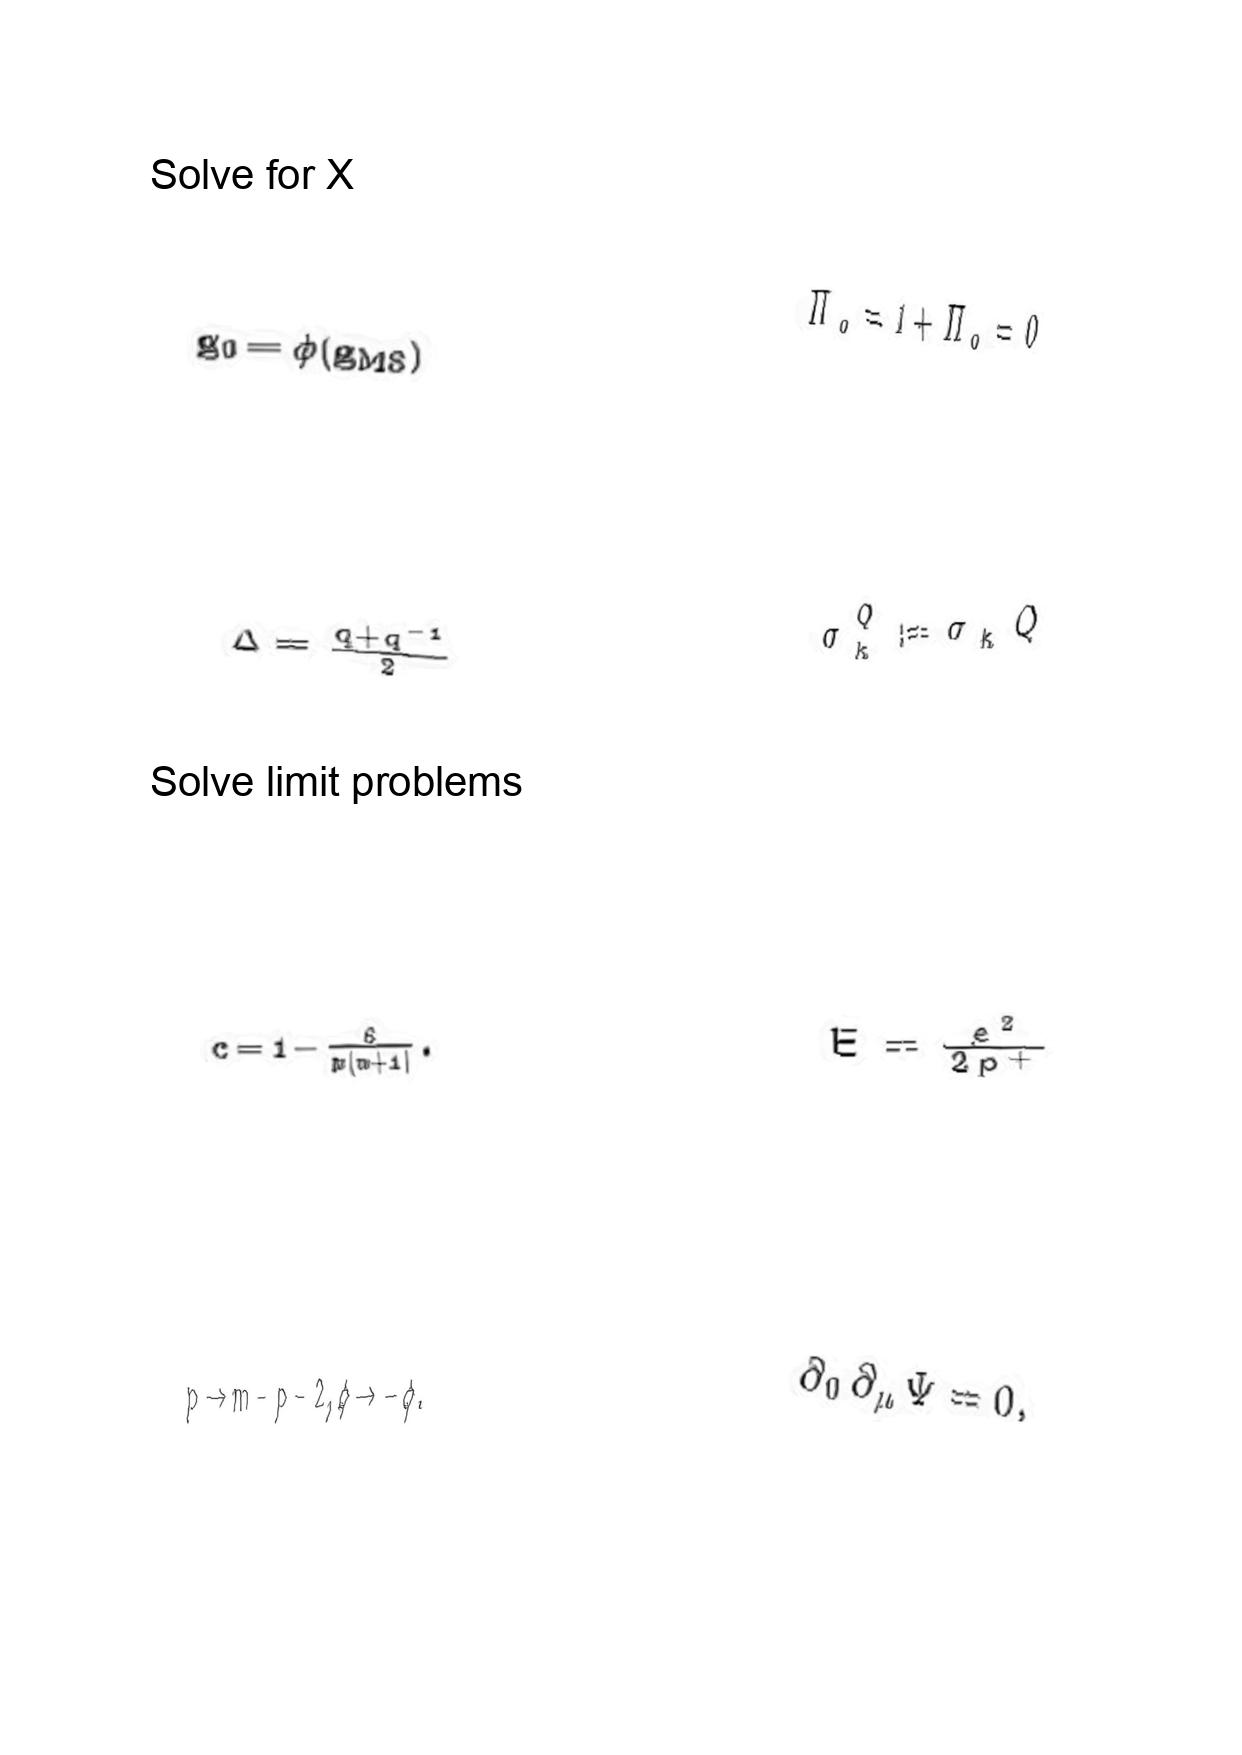
LaTeX transcription:
g _ { 0 } = \phi \lparen g _ { M S } \rparen
\Delta = \frac { q + q ^ { - 1 } } { 2 }
c = 1 - \frac { 6 } { m \lparen m + 1 \rparen } .
p \to m - p - 2 , \phi \to - \phi .
\tilde { \Pi } _ { o } = 1 + \Pi _ { o } = 0
\sigma _ { k } ^ { Q } : = \sigma _ { k } Q
E = \frac { e ^ { 2 } } { 2 p ^ { + } }
\partial _ { 0 } \partial _ { \mu } \Psi = 0 ,